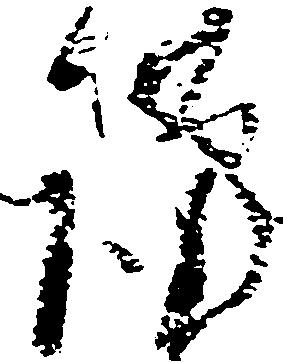
謹